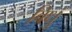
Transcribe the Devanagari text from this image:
विधुं